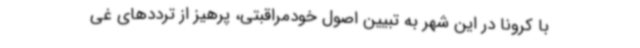
با کرونا در این شهر به تبیین اصول خودمراقبتی، پرهیز از ترددهای غی